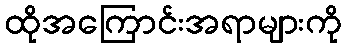
ထိုအကြောင်းအရာများကို